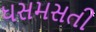
ધસમસતી